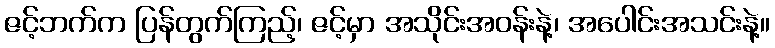
ဇင့်ဘက်က ပြန်တွက်ကြည့်၊ ဇင့်မှာ အသိုင်းအဝန်းနဲ့၊ အပေါင်းအသင်းနဲ့။